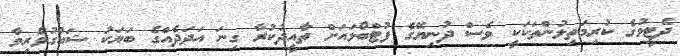
ދެޓީމުގެ ކުރިމަތިލުންތަކަކީ ވެސް ދުނިޔޭގެ ފުޓްބޯޅައަށް ތާއީދުކުރާ ގިނަ އަދަދެއްގެ ބަޔަކު ޝައުގުވެރިވާ